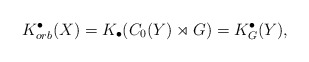
\begin{align*}K^\bullet_{orb}(X)= K_\bullet(C_0(Y)\rtimes G) = K^\bullet_G(Y),\end{align*}